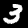
Digit: 3